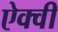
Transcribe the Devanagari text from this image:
ऐक्वी